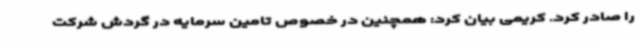
را صادر کرد. کریمی بیان کرد: همچنین در خصوص تامین سرمایه در گردش شرکت